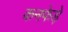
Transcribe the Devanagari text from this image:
कनफेड़े